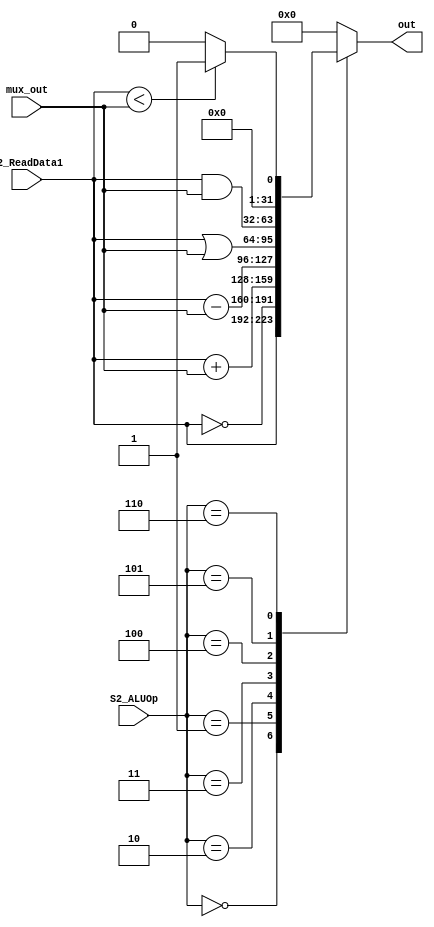
`timescale 1ns / 1ps
//////////////////////////////////////////////////////////////////////////////////
// Company: 
// Engineer: 
// 
// Design Name: 
// Module Name:    ALU 
// Project Name: 
// Target Devices: 
// Tool versions: 
// Description: 
//
// Dependencies: 
//
// Revision: 
// Revision 0.01 - File Created
// Additional Comments: 
//
//////////////////////////////////////////////////////////////////////////////////
module ALU(out, mux_out, S2_ReadData1, S2_ALUOp);
input [31:0]mux_out, S2_ReadData1;
input[2:0]S2_ALUOp;
output reg [31:0]out;

always @(S2_ALUOp, mux_out, S2_ReadData1)
begin
	case(S2_ALUOp)
	3'b000: out <= S2_ReadData1; // mov
	3'b001: out <= ~S2_ReadData1;// not
	3'b010: out <= S2_ReadData1 + mux_out;//add
	3'b011: out <= S2_ReadData1 - mux_out;//sub
	3'b100: out <= S2_ReadData1 | mux_out;//or
	3'b101: out <= S2_ReadData1 & mux_out;//and
	3'b110: begin//slt
				if(S2_ReadData1 < mux_out)
				out <= 1;
				else
				out <= 0;
				end
	default: out <= 0;
	endcase
end
	


endmodule